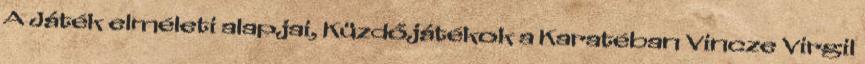
A Játék elméleti alapjai, Küzdőjátékok a Karatéban Vincze Virgil